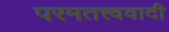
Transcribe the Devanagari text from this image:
परमतत्त्ववादी